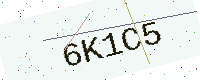
Text: 6K1C5